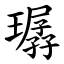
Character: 㻵